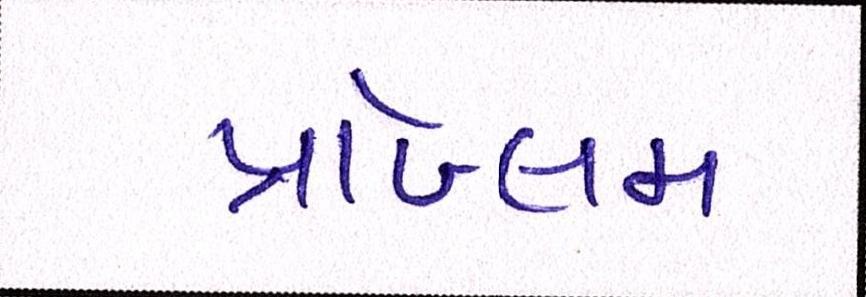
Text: પ્રૉબ્લમ